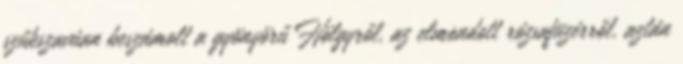
szűkszavúan beszámolt a gyönyörű Hölgyről, az elmondott rózsafüzérről, aztán